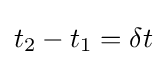
t_{2}-t_{1}=\delta t